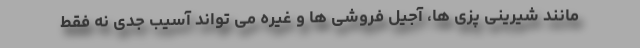
مانند شیرینی پزی ها، آجیل فروشی ها و غیره می تواند آسیب جدی نه فقط